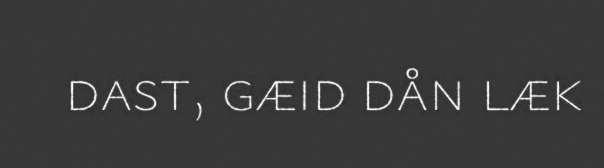
dast, gæid dån læk